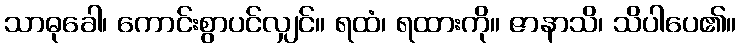
သာဓုခေါ၊ ကောင်းစွာပင်လျှင်။ ရထံ၊ ရထားကို။ ဇာနာသိ၊ သိပါပေ၏။